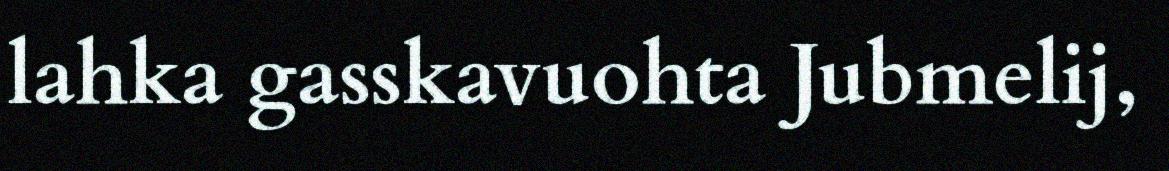
lahka gasskavuohta Jubmelij,